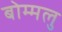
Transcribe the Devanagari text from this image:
बोम्मलु